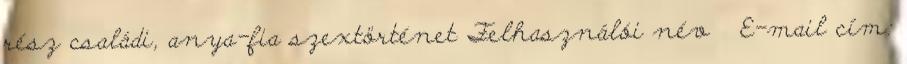
rész családi, anya-fia szextörténet Felhasználói név E-mail cím: